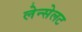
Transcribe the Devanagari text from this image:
लेन्सेलट